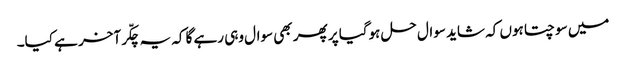
میں سوچتا ہوں کہ شاید سوال حل ہوگیا پر پھر بھی سوال وہی رہے گا کہ یہ چکّر آخر ہے کیا۔